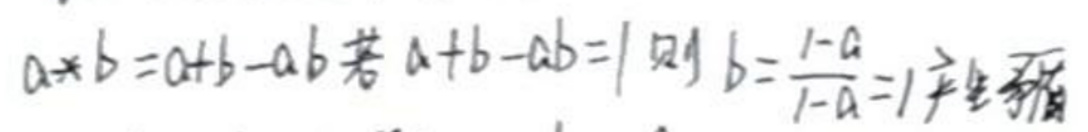
$a * b=a + b - ab  $若$  a + b - ab = 1  $则$  b=\frac{1 - a}{1 - a}=1  $产生矛盾